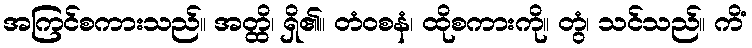
အကြင်စကားသည်။ အတ္ထိ၊ ရှိ၏။ တံဝစနံ၊ ထိုစကားကို။ တွံ၊ သင်သည်။ ကိံ